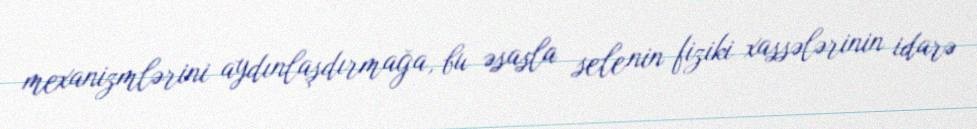
mexanizmlərini aydınlaşdırmağa, bu əsasla selenin fiziki xassələrinin idarə